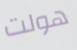
هولت